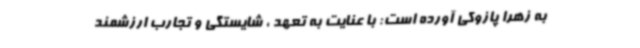
به زهرا پازوکی آورده است: با عنایت به تعهد ، شایستگی و تجارب ارزشمند